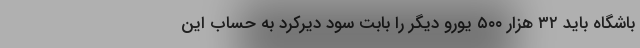
باشگاه باید ٣٢ هزار ۵٠٠ یورو دیگر را بابت سود دیرکرد به حساب این